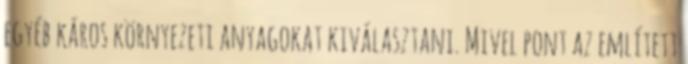
egyéb káros környezeti anyagokat kiválasztani. Mivel pont az említett